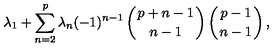
\lambda _ { 1 } + \sum _ { n = 2 } ^ { p } \lambda _ { n } ( - 1 ) ^ { n - 1 } \left( { p + n - 1 \atop n - 1 } \right) \left( { p - 1 \atop n - 1 } \right) ,